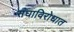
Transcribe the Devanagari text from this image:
संघाविरोधात